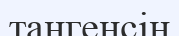
тангенсін